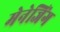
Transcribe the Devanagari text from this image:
मेनेजिंग